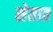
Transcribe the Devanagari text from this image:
सेतात